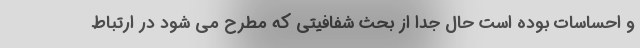
و احساسات بوده است حال جدا از بحث شفافیتی که مطرح می شود در ارتباط